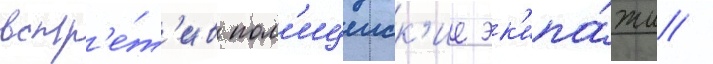
встр'е́т'ив пол'ицеиск'ие эк'ипа́жи /